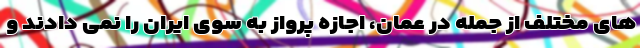
های مختلف از جمله در عمان، اجازه پرواز به سوی ایران را نمی دادند و